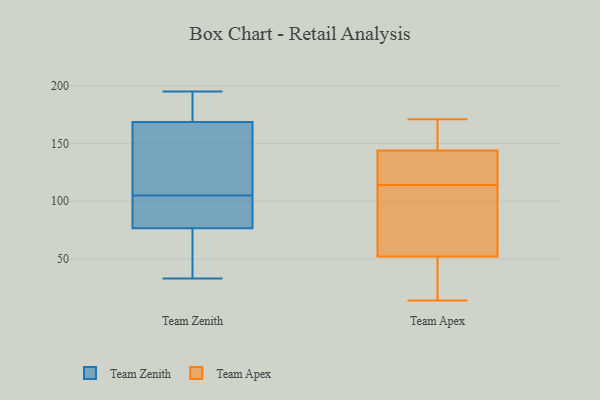
{"axis": {"x": "Conversion Rate (%)", "y": "Value"}, "legend": ["Team Apex", "Team Zenith"], "data": [{"x": "", "y": 141, "type": "Team Zenith"}, {"x": "", "y": 178, "type": "Team Zenith"}, {"x": "", "y": 195, "type": "Team Zenith"}, {"x": "", "y": 90, "type": "Team Zenith"}, {"x": "", "y": 105, "type": "Team Zenith"}, {"x": "", "y": 78, "type": "Team Zenith"}, {"x": "", "y": 194, "type": "Team Zenith"}, {"x": "", "y": 132, "type": "Team Zenith"}, {"x": "", "y": 76, "type": "Team Zenith"}, {"x": "", "y": 33, "type": "Team Zenith"}, {"x": "", "y": 70, "type": "Team Zenith"}, {"x": "", "y": 153, "type": "Team Apex"}, {"x": "", "y": 100, "type": "Team Apex"}, {"x": "", "y": 48, "type": "Team Apex"}, {"x": "", "y": 116, "type": "Team Apex"}, {"x": "", "y": 133, "type": "Team Apex"}, {"x": "", "y": 56, "type": "Team Apex"}, {"x": "", "y": 138, "type": "Team Apex"}, {"x": "", "y": 150, "type": "Team Apex"}, {"x": "", "y": 171, "type": "Team Apex"}, {"x": "", "y": 14, "type": "Team Apex"}, {"x": "", "y": 19, "type": "Team Apex"}, {"x": "", "y": 112, "type": "Team Apex"}]}